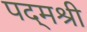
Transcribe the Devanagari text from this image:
पद्‌मश्री